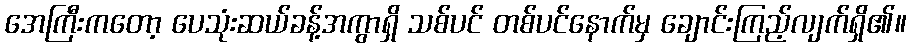
အေကြီးကတော့ ပေသုံးဆယ်ခန့်အကွာရှိ သစ်ပင် တစ်ပင်နောက်မှ ချောင်းကြည့်လျက်ရှိ၏။